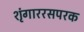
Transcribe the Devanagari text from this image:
शृंगाररसपरक